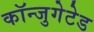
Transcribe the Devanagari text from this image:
कॉन्जुगेटेड